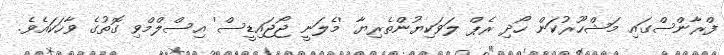
ފްރާންސްގައި މަޝްހޫރުކަން ހޯދި ރެޕް ލަވަކިޔުންތެރިޔާ 'މެލަނީ ޖޯޖައިޑީސް' އިސްލްމްވި ގޮތުގެ ވާހަކައެވެ.